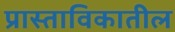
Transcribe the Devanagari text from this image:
प्रास्ताविकातील